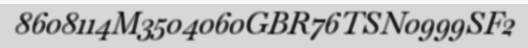
8608114M3504060GBR76TSN0999SF2